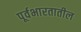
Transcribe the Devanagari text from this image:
पूर्वभारतातील